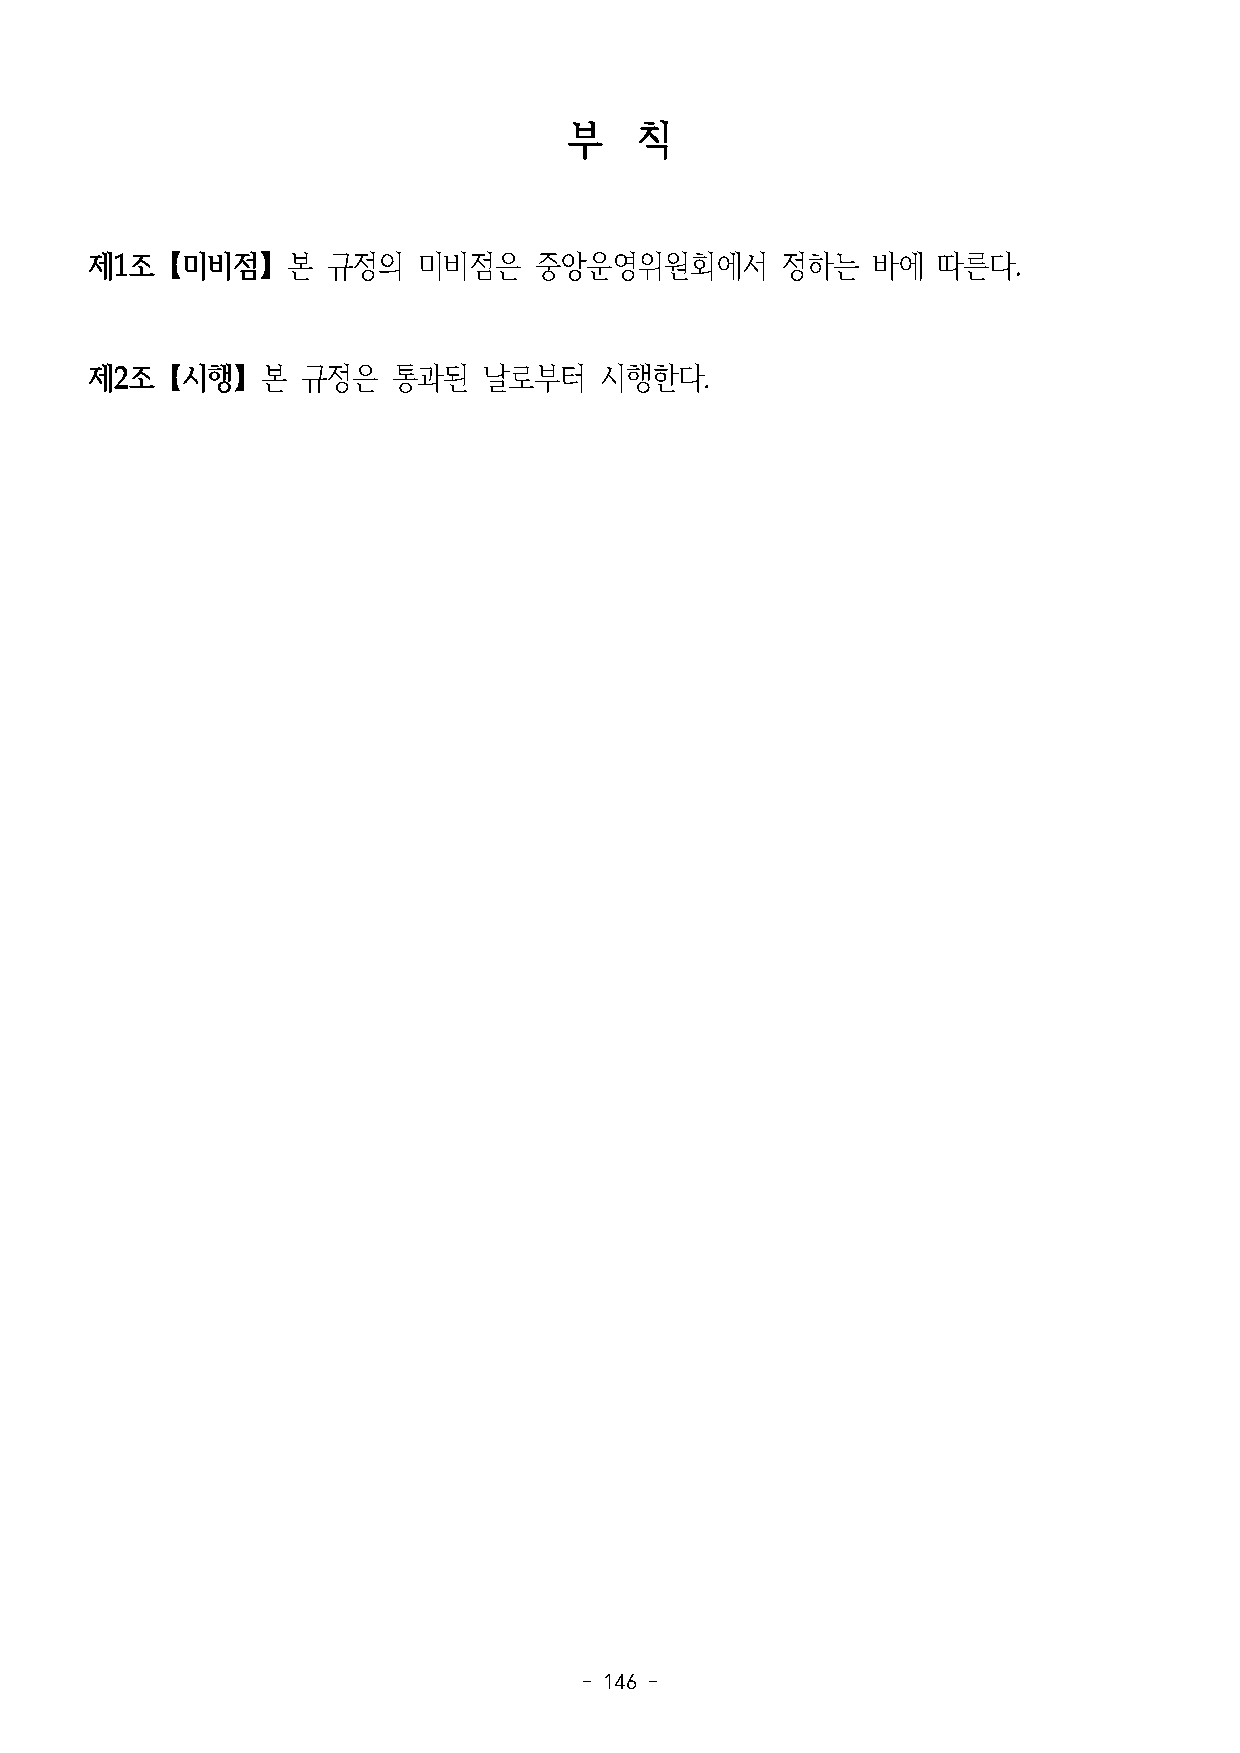
부   칙
 제1조【미비점】본       규정의   미비점은   중앙운영위원회에서        정하는   바에  따른다.
 제2조【시행】본      규정은   통과된   날로부터    시행한다.
 - 146 -